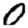
Digit: 0